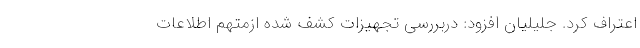
اعتراف کرد. جلیلیان افزود: دربررسی تجهیزات کشف شده ازمتهم اطلاعات